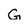
Character: G